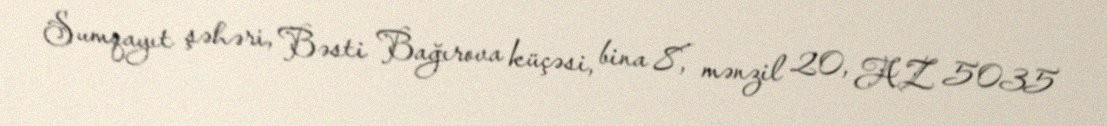
Sumqayıt şəhəri, Bəsti Bağırova küçəsi, bina 8, mənzil 20, AZ 5035